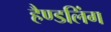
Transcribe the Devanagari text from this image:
हैण्डलिंग